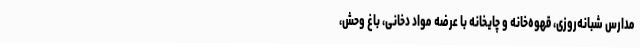
مدارس شبانه‌روزی، قهوه‌خانه و چایخانه با عرضه مواد دخانی، باغ وحش،